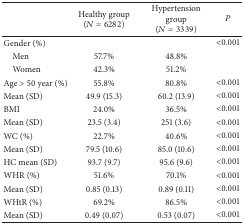
<table><thead><tr><td><b> </b></td><td><b>Healthy group (<i>N</i> = 6282)</b></td><td><b>Hypertension group (<i>N</i> = 3339)</b></td><td><b><i>P</i></b></td></tr></thead><tbody><tr><td>Gender (%)</td><td> </td><td> </td><td>&lt;0.001</td></tr><tr><td> Men</td><td>57.7%</td><td>48.8%</td><td> </td></tr><tr><td> Women</td><td>42.3%</td><td>51.2%</td><td> </td></tr><tr><td>Age &gt; 50 year (%)</td><td>55.8%</td><td>80.8%</td><td>&lt;0.001</td></tr><tr><td>Mean (SD)</td><td>49.9 (15.3)</td><td>60.2 (13.9)</td><td>&lt;0.001</td></tr><tr><td>BMI</td><td>24.0%</td><td>36.5%</td><td>&lt;0.001</td></tr><tr><td>Mean (SD)</td><td>23.5 (3.4)</td><td>251 (3.6)</td><td>&lt;0.001</td></tr><tr><td>WC (%)</td><td>22.7%</td><td>40.6%</td><td>&lt;0.001</td></tr><tr><td>Mean (SD)</td><td>79.5 (10.6)</td><td>85.0 (10.6)</td><td>&lt;0.001</td></tr><tr><td>HC mean (SD)</td><td>93.7 (9.7)</td><td>95.6 (9.6)</td><td>&lt;0.001</td></tr><tr><td>WHR (%)</td><td>51.6%</td><td>70.1%</td><td>&lt;0.001</td></tr><tr><td>Mean (SD)</td><td>0.85 (0.13)</td><td>0.89 (0.11)</td><td>&lt;0.001</td></tr><tr><td>WHtR (%)</td><td>69.2%</td><td>86.5%</td><td>&lt;0.001</td></tr><tr><td>Mean (SD)</td><td>0.49 (0.07)</td><td>0.53 (0.07)</td><td>&lt;0.001</td></tr></tbody></table>